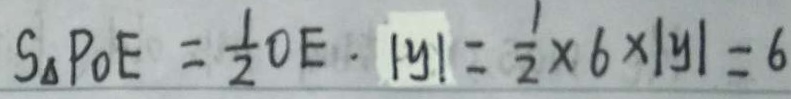
S _ { \Delta } P O E = \frac { 1 } { 2 } O E \cdot \vert y \vert = \frac { 1 } { 2 } \times 6 \times \vert y \vert = 6